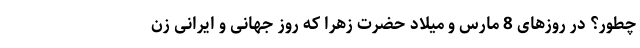
چطور؟ در روزهای 8 مارس و میلاد حضرت زهرا که روز جهانی و ایرانی زن